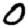
Digit: 0